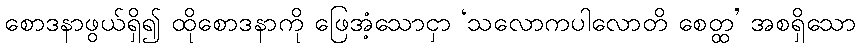
စောဒနာဖွယ်ရှိ၍ ထိုစောဒနာကို ဖြေအံ့သောငှာ ‘သလောကပါလောတိ စေတ္ထ’ အစရှိသော